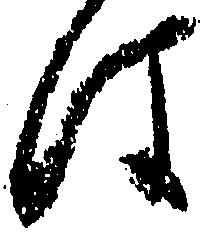
は